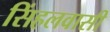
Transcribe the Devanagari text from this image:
सिंहलवासी